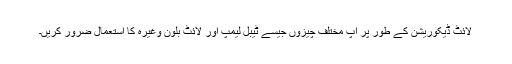
لائٹ ڈیکوریشن کے طور پر آپ مختلف چیزوں جیسے ٹیبل لیمپ اور لائٹ بلون وغیرہ کا استعمال ضرور کریں۔